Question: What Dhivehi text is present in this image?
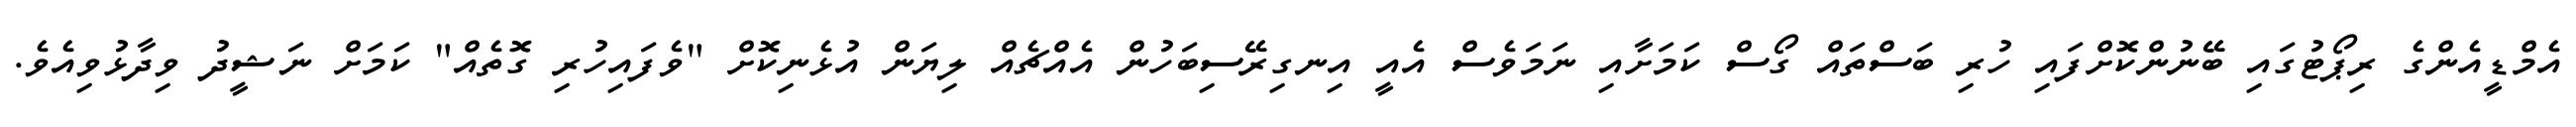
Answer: އެމްޑީއެންގެ ރިޕޯޓުގައި ބޭނުންކޮށްފައި ހުރި ބަސްތައް ގޯސް ކަމަށާއި ނަމަވެސް އެއީ އިނގިރޭސިބަހުން އެއްޗެއް ލިޔަން އުޅެނިކޮށް "ވެފައިހުރި ގޮތެއް" ކަމަށް ނަޝީދު ވިދާޅުވިއެވެ.